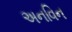
અનવિન